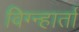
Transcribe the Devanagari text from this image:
विग्न्हार्ता